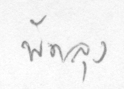
พัทลุง